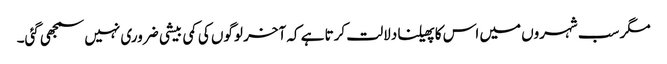
مگر سب شہروں میں اس کا پھیلنا دلالت کرتا ہے کہ آخر لوگوں کی کمی بیشی ضروری نہیں سمجھی گئی۔